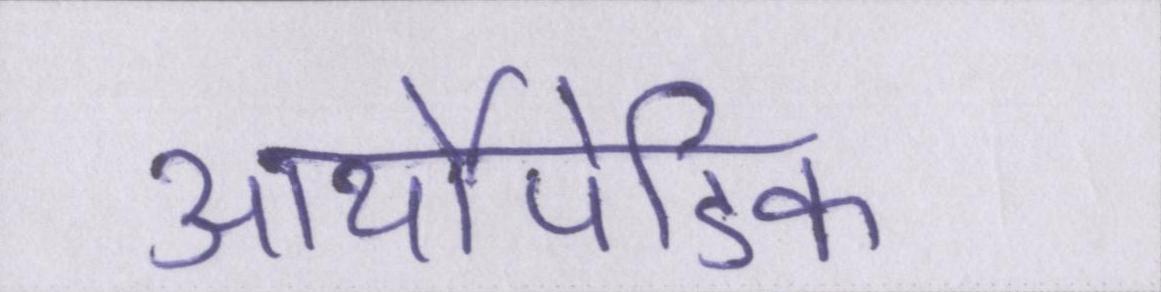
आर्थोपेडिक